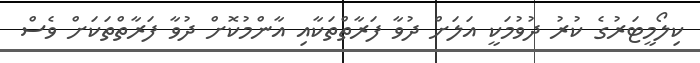
ކިލޯމީޓަރުގެ ކުރު ދުވުމަކީ އަލަށް ދުވާ ފަރާތްތަކާއި އާންމުކޮށް ދުވާ ފަރާތްތަކަށް ވެސް